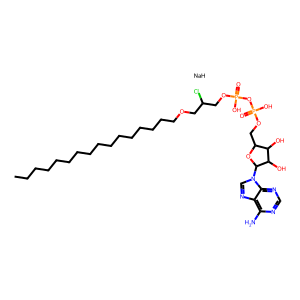
SMILES: CCCCCCCCCCCCCCCCOCC(Cl)COP(=O)(O)OP(=O)(O)OCC1OC(n2cnc3c(N)ncnc32)C(O)C1O.[NaH]
Inhibits HIV replication: No